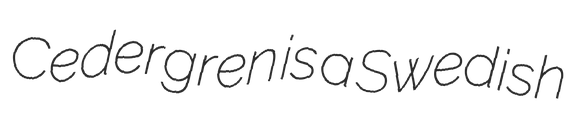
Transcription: Cedergren is a Swedish